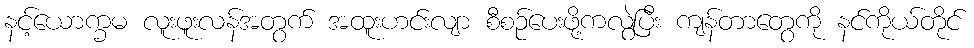
နင့်ယောက္ခမ လူးဖူးလန်အတွက် အထူးဟင်းလျာ စီစဉ်ပေးဖို့ကလွဲပြီး ကျန်တာတွေကို နင်ကိုယ်တိုင်